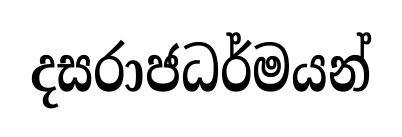
දසරාජධර්මයන්